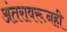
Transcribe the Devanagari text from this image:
अंतरावरूनही